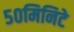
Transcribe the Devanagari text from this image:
५०मिनिटे